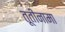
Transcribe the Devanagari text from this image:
तूतीनामा